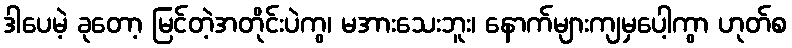
ဒါပေမဲ့ ခုတော့ မြင်တဲ့အတိုင်းပဲကွ၊ မအားသေးဘူး၊ နောက်များကျမှပေါ့ကွာ ဟုတ်စ